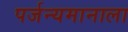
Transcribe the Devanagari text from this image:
पर्जन्यमानाला